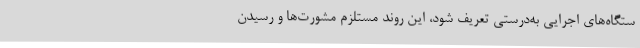
ستگاه‌های اجرایی به‌درستی تعریف شود، این روند مستلزم مشورت‌ها و رسیدن